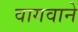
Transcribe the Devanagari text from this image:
वागवाने